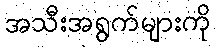
အသီးအရွက်များကို